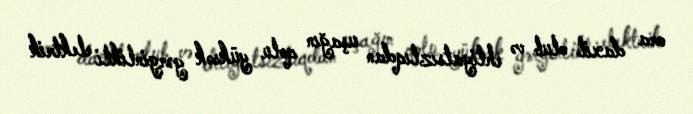
ora daxil olub və ehtiyatsızlıqdan uşağın qolu yüksək gərginlikli elektrik